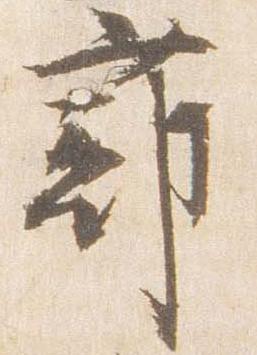
蔀